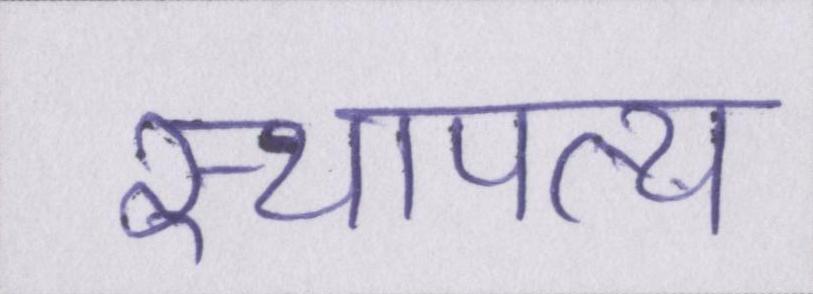
स्थापत्य